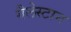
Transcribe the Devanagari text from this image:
गैलेस्टान